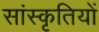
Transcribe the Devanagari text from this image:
सांस्कृतियों